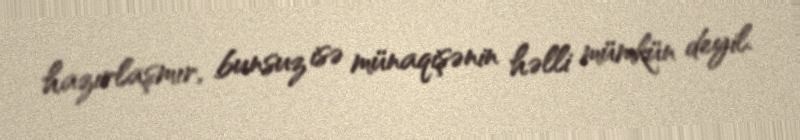
hazırlaşmır, bunsuz isə münaqişənin həlli mümkün deyil.